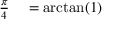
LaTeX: \begin{array} { r l } { { \frac { \pi } { 4 } } } & { { } = \arctan ( 1 ) } \end{array}